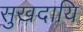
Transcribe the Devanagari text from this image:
सुखदायि